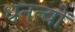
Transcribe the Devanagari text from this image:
धनत्वों